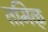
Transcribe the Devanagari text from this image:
तमिळ्